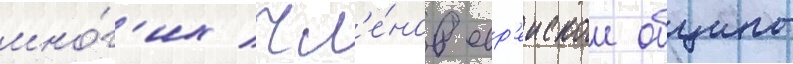
мно́г'их чл'е́нов евр'еискои общины